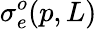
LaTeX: \sigma_{e}^{o}(p,L)